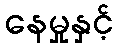
နေမှုနှင့်